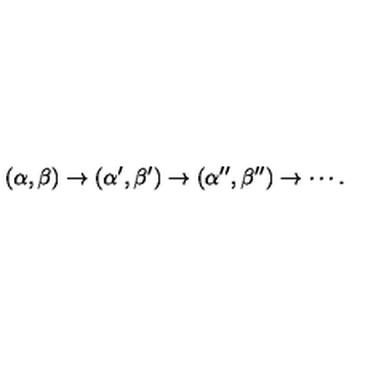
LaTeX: ( \alpha , \beta ) \to ( \alpha ^ { \prime } , \beta ^ { \prime } ) \to ( \alpha ^ { \prime \prime } , \beta ^ { \prime \prime } ) \to \cdots .